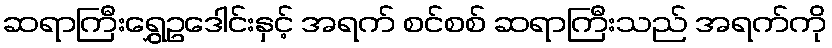
ဆရာကြီးရွှေဥဒေါင်းနှင့် အရက် စင်စစ် ဆရာကြီးသည် အရက်ကို